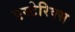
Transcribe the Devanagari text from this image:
एस्टेरिक्स